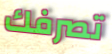
تصرفك